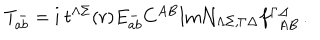
T _ { a b } ^ { - } = \mathrm { i } \ t ^ { \Lambda \Sigma } ( r ) E _ { a b } ^ { - } C ^ { A B } \mathrm { I m } { \cal N } _ { \Lambda \Sigma , \Gamma \Delta } f _ { ~ ~ A B } ^ { \Gamma \Delta } \, .